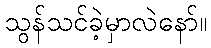
သွန်သင်ခဲ့မှာလဲနော်။